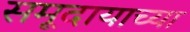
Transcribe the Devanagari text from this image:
समूदायाच्या